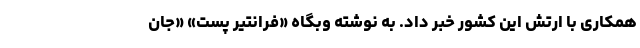
همکاری با ارتش این کشور خبر داد. به نوشته وبگاه «فرانتیر پست» «جان